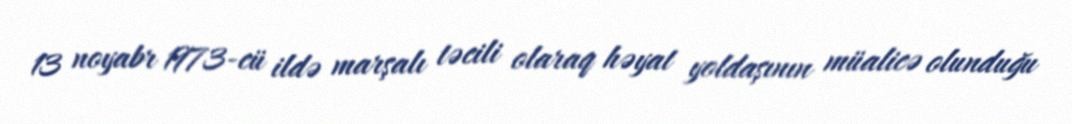
13 noyabr 1973-cü ildə marşalı təcili olaraq həyat yoldaşının müalicə olunduğu